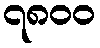
၇၈၀၀